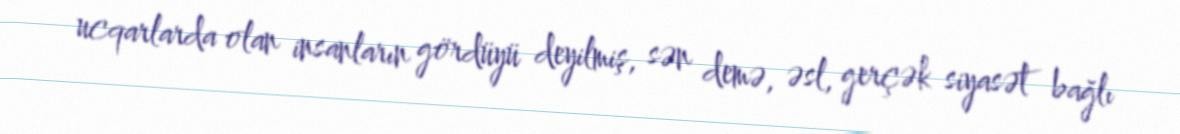
ucqarlarda olan insanların gördüyü deyilmiş, sən demə, əsl, gerçək siyasət bağlı